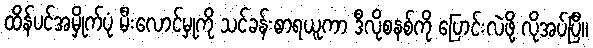
ထိန်ပင်အမှိုက်ပုံ မီးလောင်မှုကို သင်ခန်းစာရယူကာ ဒီလိုစနစ်ကို ပြောင်းလဲဖို့ လိုအပ်ပြီ။